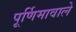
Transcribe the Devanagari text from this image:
पूर्णिमावाले